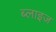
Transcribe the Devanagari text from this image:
ब्लाइज